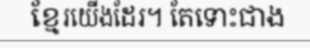
ខ្មែរយើងដែរ។ តែទោះជាង